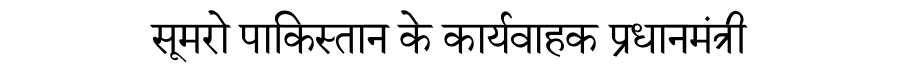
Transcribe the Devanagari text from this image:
सूमरो पाकिस्तान के कार्यवाहक प्रधानमंत्री